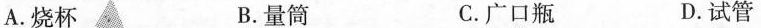
A.烧杯 B.量筒 C.广口瓶 D.试管